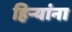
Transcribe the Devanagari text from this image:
हिऱ्यांना